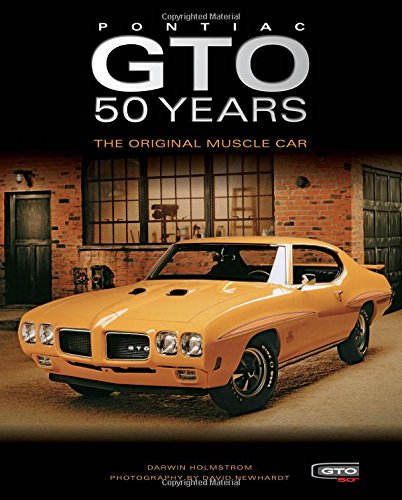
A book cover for Pontiac GTO 50 Years: The Original Muscle Car; Darwin Holmstrom; Engineering & Transportation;